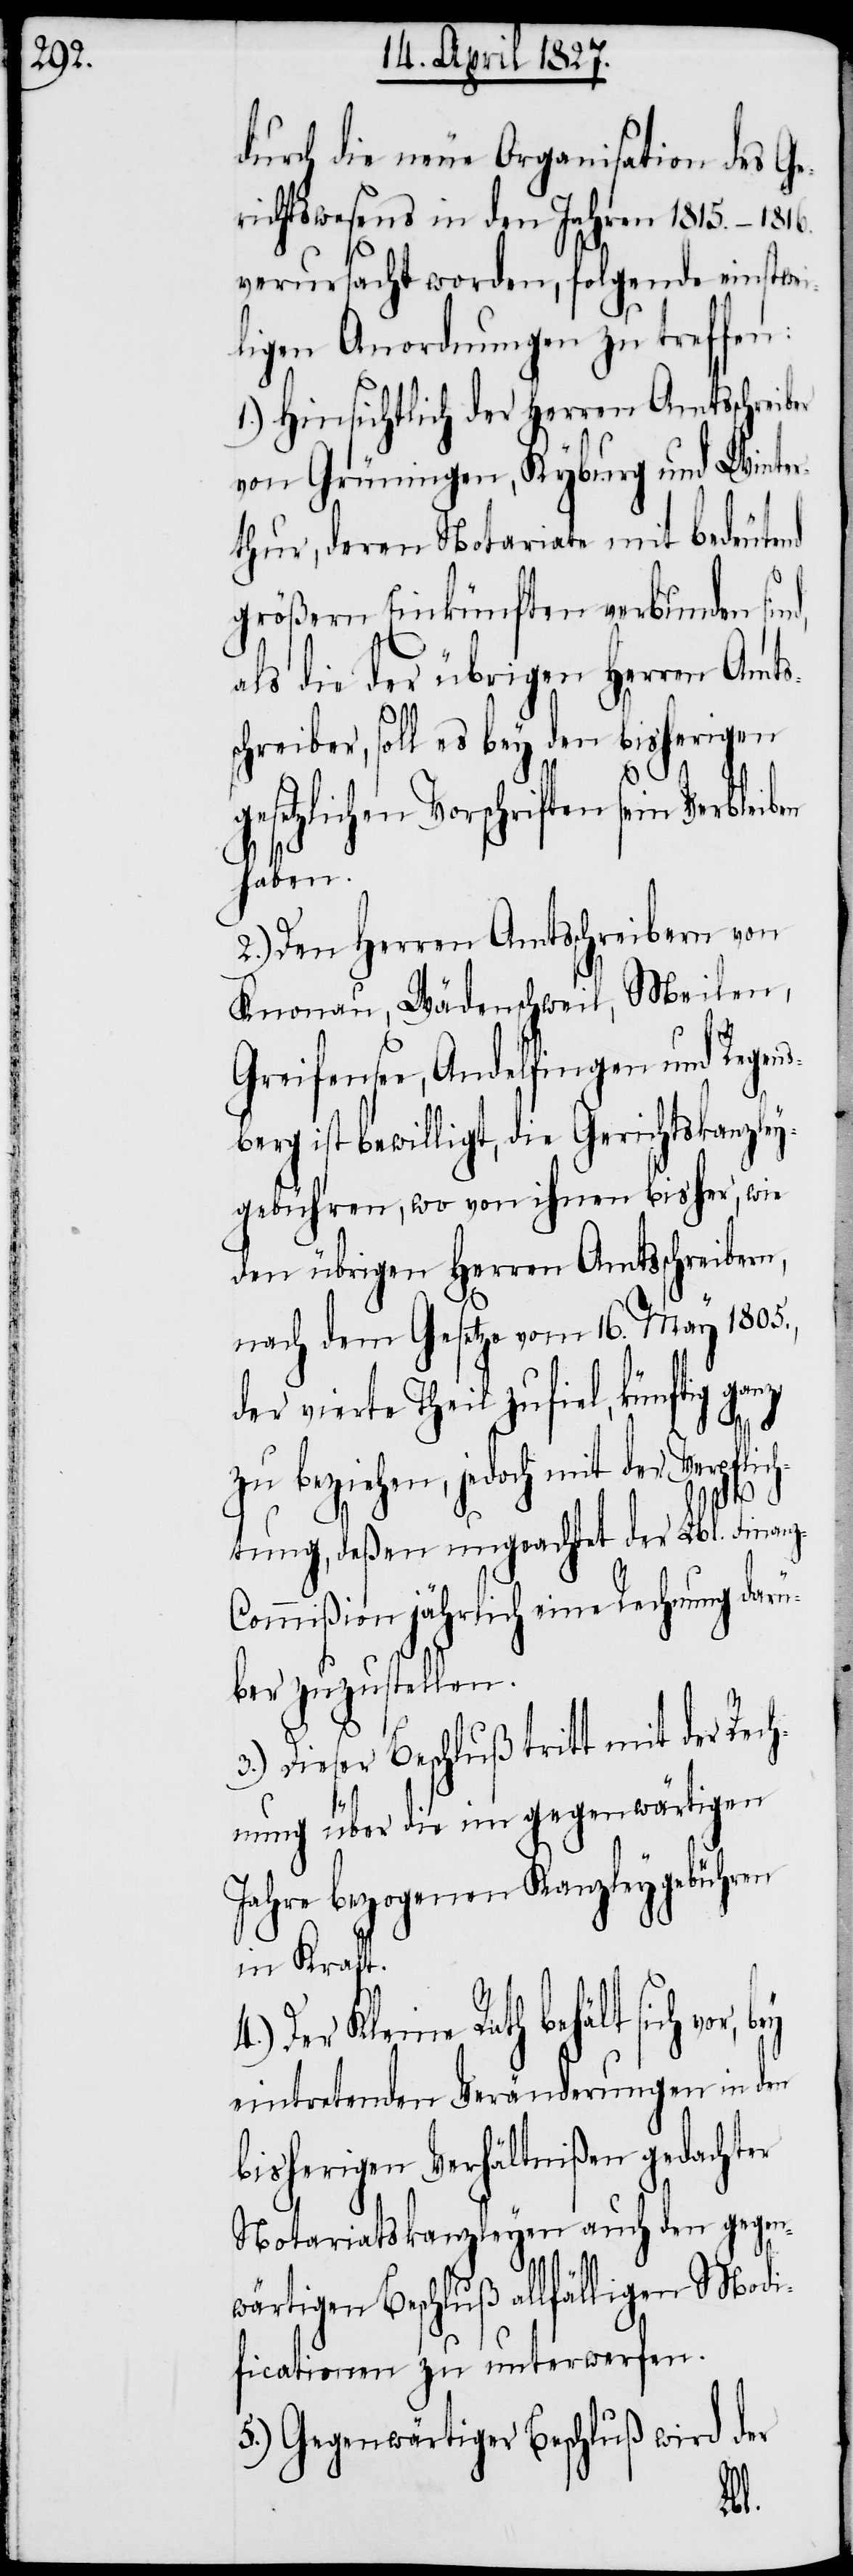
durch die neue Organisation des Ge¬
richtswesens in den Jahren 1815.–1816.
verursacht worden, folgende einstwei¬
ligen Anordnungen zu treffen:
1.) Hinsichtlich der Herren Amtsschreib¬
von Grüningen, Kyburg und Winter¬
thur, deren Notariate mit bedeutend
größern Einkünften verbunden sind,
als die der übrigen Herren Amts¬
schreiber, soll es bey den bisherigen
gesetzlichen Vorschriften sein
haben.
2.) Den Herren Amtsschreibern von
Knonau, Wädenschweil, Meilen,
Greifensee, Andelfingen und Regen¬
sperg ist bewilligt, die Gerichtskanzley¬
gebühren, wo von ihnen bisher, wie
den übrigen Herren Amtsschreibern,
nach dem Gesetze vom 16. May 1805.,
der vierte Theil zufiel, künftig ganz
mit der Verpflic¬
htung, deßen ungeachtet der Lbl. Finan¬
ommißion jährlich eine Rechnung darü¬
ber zuzustellen.
3.) Dieser Beschluß tritt mit der Rech¬
nung über die im gegenwärtigen
Jahre bezogenen Kanzleygebühren
in Kraft.
Der Kleine Rath behält sich vor,
eintretenden Veränderungen in den
bisherigen Verhältnißen gedachter
Notariatskanzleyen auch den gegenw¬
er
ärtigen Beschluß allfälligen Modi¬
ficationen zu unterwerfen.
5.) Gegenwärtiger Beschluß wird der
z-C¬